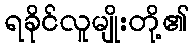
ရခိုင်လူမျိုးတို့၏